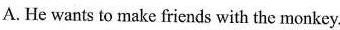
A.He wants to make friends with the monkey.